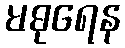
မဓုရေန